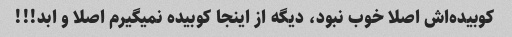
کوبیده‌اش اصلا خوب نبود، دیگه از اینجا کوبیده نمیگیرم اصلا و ابد!!!